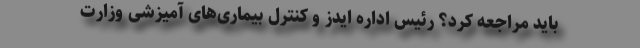
باید مراجعه کرد؟ رئیس اداره ایدز و کنترل بیماری‌های آمیزشی وزارت